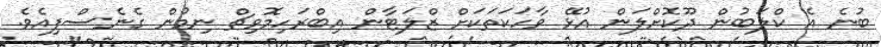
ބުނެ އެ ކްލަބުން ދޫކޮށްލަން އުޅޭ ވާހަކަތަކަށް ޒްލަޓާން އިބްރަހިމޮވިޗް ނިމުން ގެނެސްފިއެވެ.